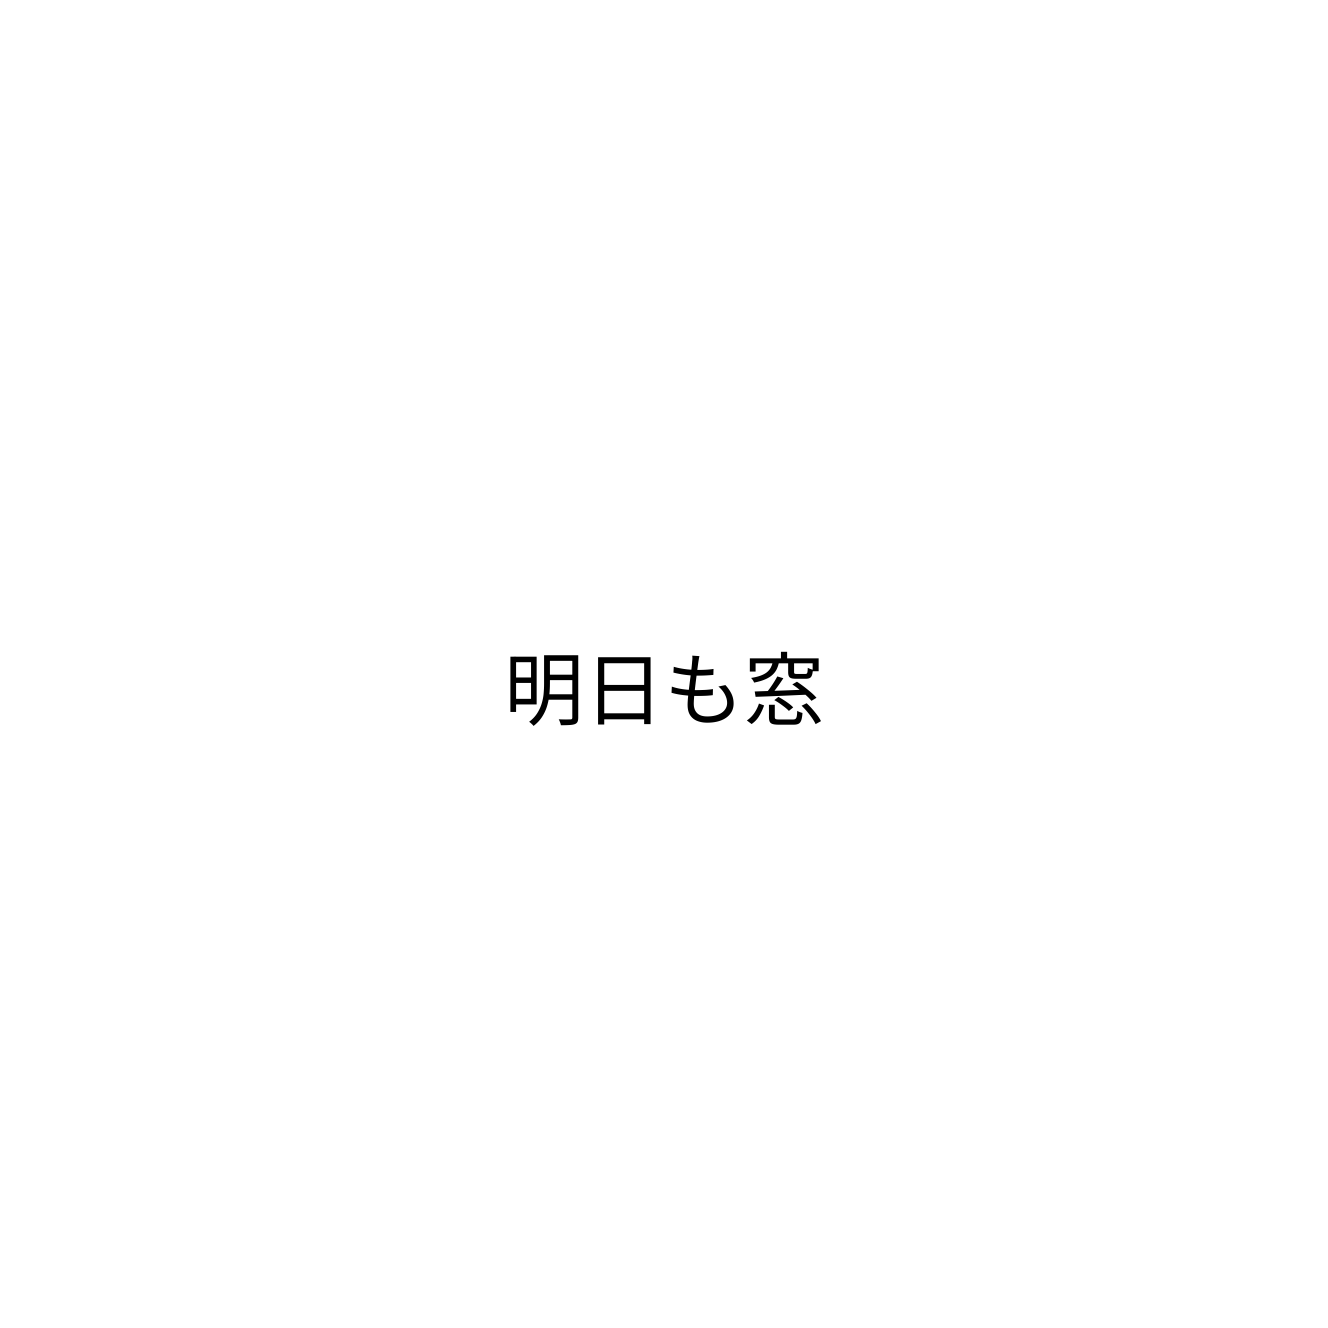
明日も窓